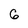
Character: 6